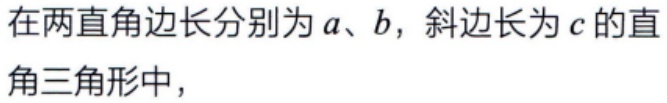
在两直角边长分别为\(a\)、\(b\)，斜边长为\(c\)的直角三角形中，